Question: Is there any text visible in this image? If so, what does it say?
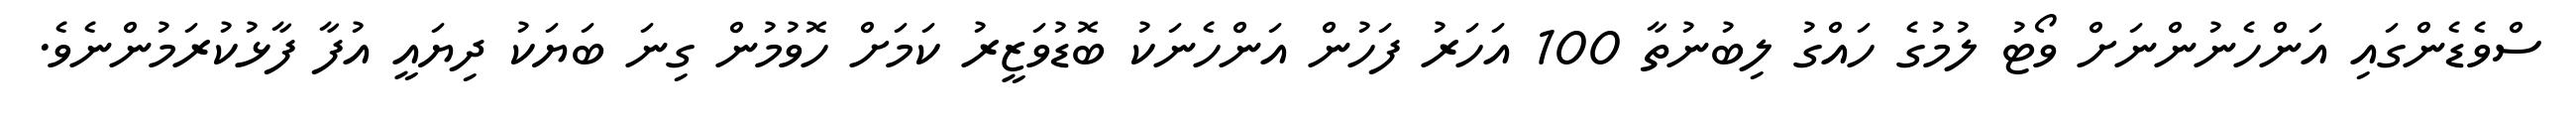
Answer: ސްވެޑެންގައި އަންހެނުންނަށް ވޯޓު ލުމުގެ ހައްގު ލިބުނުތާ 100 އަހަރު ފަހުން އަންހެނަކު ބޮޑުވަޒީރު ކަމަށް ހޮވުމުން ގިނަ ބަޔަކު ދިޔައީ އުފާ ފާޅުކުރަމުންނެވެ.